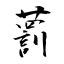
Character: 藅